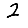
Digit: 2